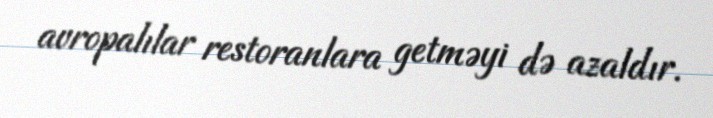
avropalılar restoranlara getməyi də azaldır.